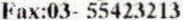
FAX:03- 55423213